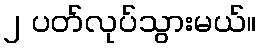
၂ ပတ်လုပ်သွားမယ်။